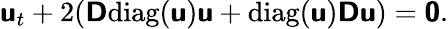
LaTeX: \mathbf{\boldsymbol{\mathsf{u}}}_{t}+2(\mathbf{\boldsymbol{\mathsf{D}}}\mathrm{diag}(\mathbf{\boldsymbol{\mathsf{u}}})\mathbf{\boldsymbol{\mathsf{u}}}+\mathrm{diag}(\mathbf{\boldsymbol{\mathsf{u}}})\mathbf{\boldsymbol{\mathsf{D}}}\mathbf{\boldsymbol{\mathsf{u}}})=\mathbf{\boldsymbol{\mathsf{0}}}.